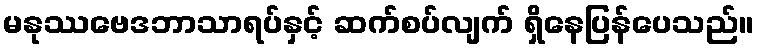
မနုဿဗေဒဘာသာရပ်နှင့် ဆက်စပ်လျက် ရှိနေပြန်ပေသည်။